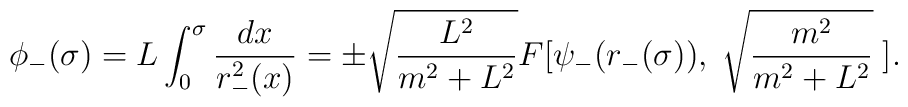
\phi_-(\sigma)=L\int_0^\sigma \frac{dx}{r_-^2(x)}=\pm\sqrt{\frac{L^2}{m^2+L^2}}F[\psi_-(r_-(\sigma)),\;\sqrt{\frac{m^2}{m^2+L^2}}\;].